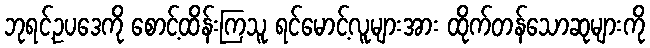
ဘုရင့်ဥပဒေကို စောင့်ထိန်းကြသူ ရင်မောင့်လူများအား ထိုက်တန်သောဆုများကို